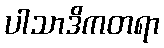
ပါသာဒိကတရာ